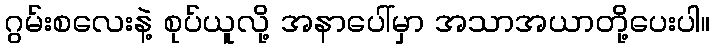
ဂွမ်းစလေးနဲ့ စုပ်ယူလို့ အနာပေါ်မှာ အသာအယာတို့ပေးပါ။